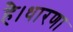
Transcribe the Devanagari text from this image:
है।धारणा